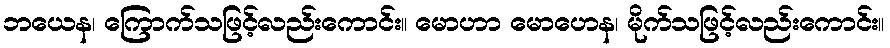
ဘယေန၊ ကြောက်သဖြင့်လည်းကောင်း။ မောဟာ မောဟေန၊ မိုက်သဖြင့်လည်းကောင်း။